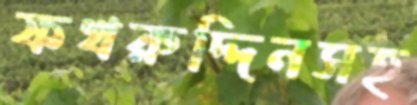
ফখরুদ্দিনসহ